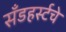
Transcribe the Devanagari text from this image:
सँडहर्स्टचे